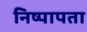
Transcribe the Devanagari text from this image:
निष्पापता